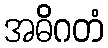
အဓိဂတံ